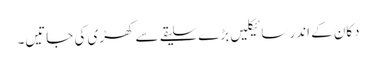
دکان کے اندر سائیکلیں بڑے سلیقے سے کھڑی کی جاتیں۔